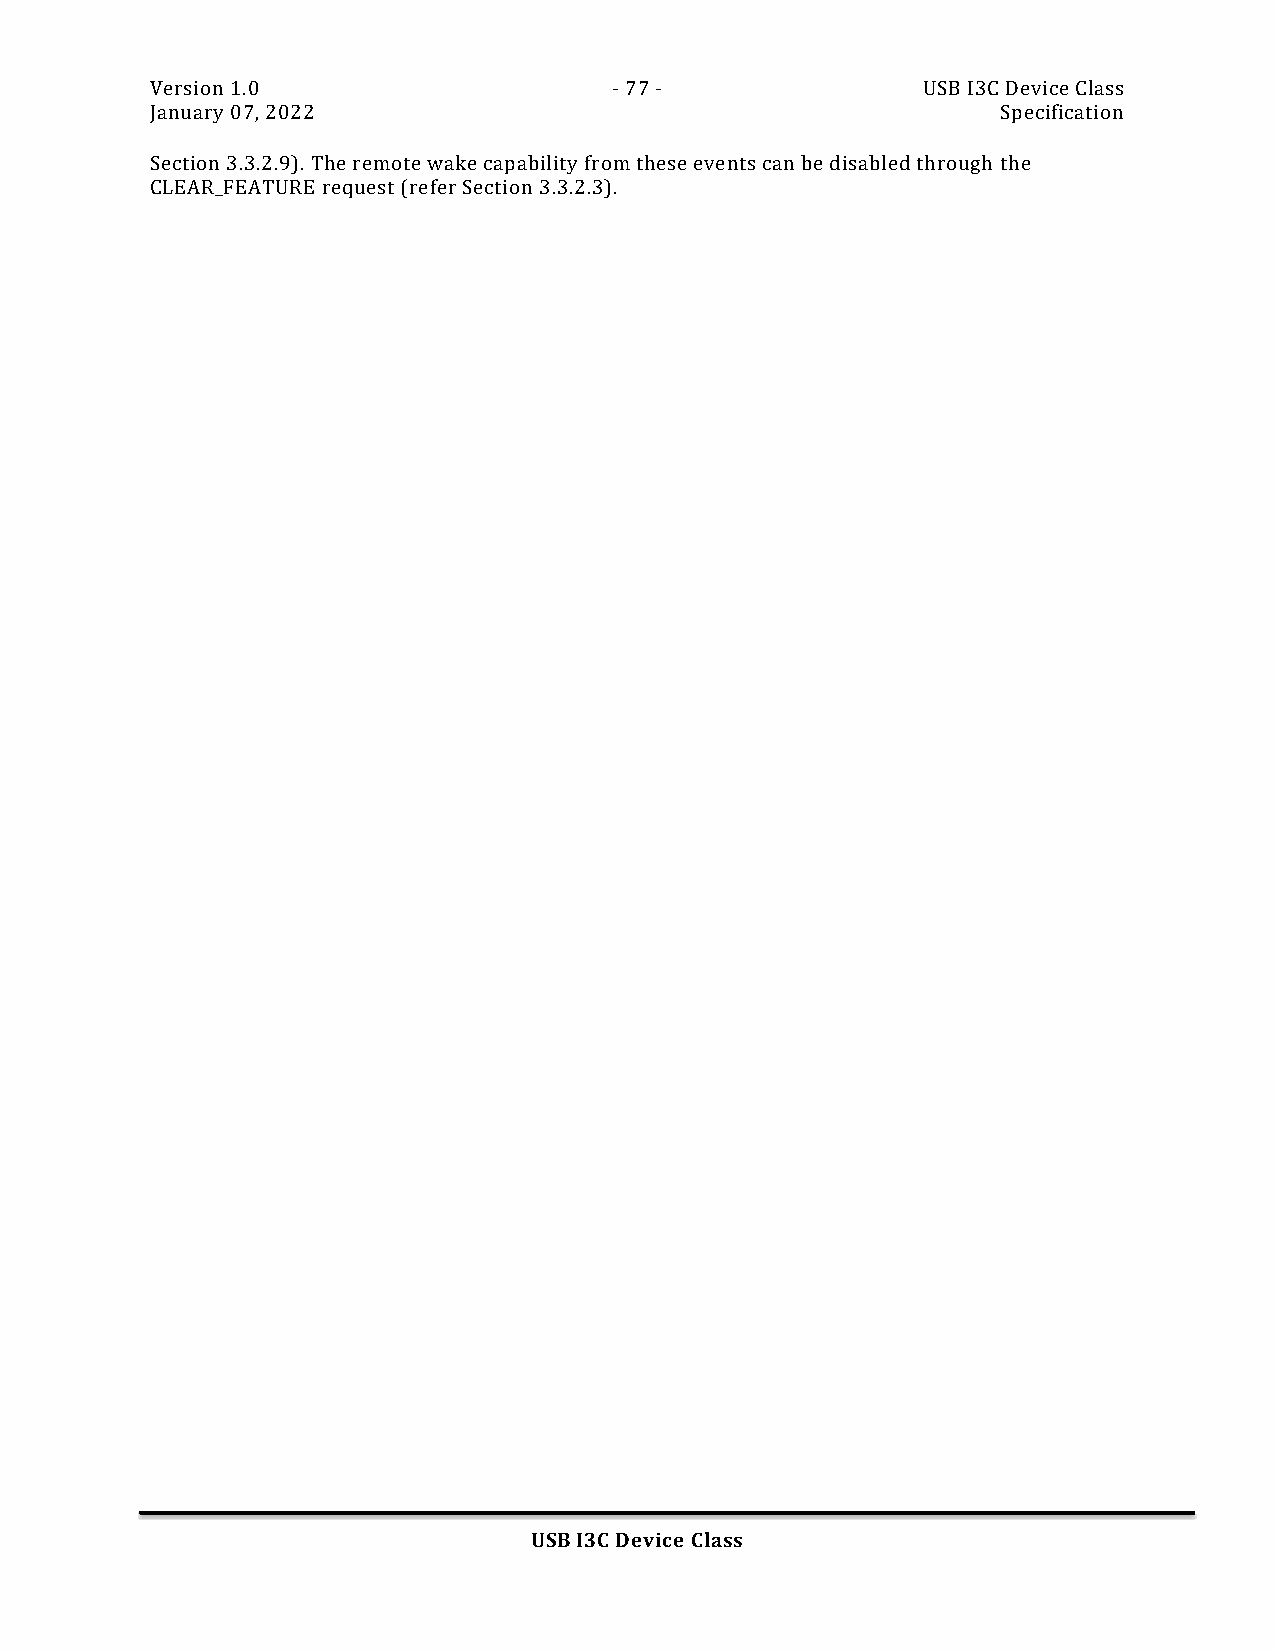
Version 1.0                    - 77 -              USB I3C Device Class
 January 07, 2022                                        Specification
 Section 3.3.2.9). The remote wake capability from these events can be disabled through the
 CLEAR_FEATURE request (refer Section 3.3.2.3).
 USB I3C Device Class